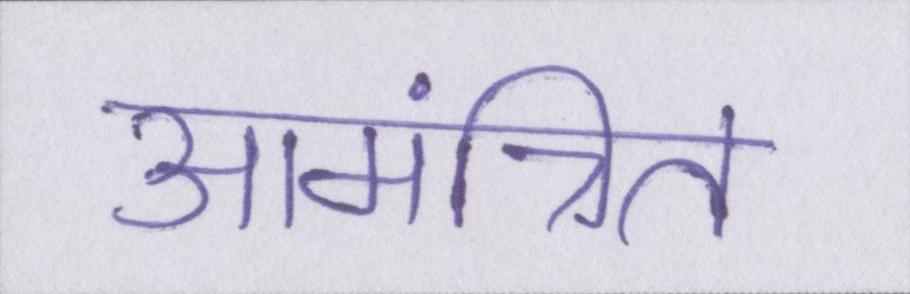
आमंत्रित